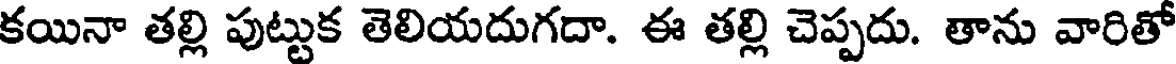
కయినా తల్లి పుట్టుక తెలియదుగదా. ఈ తల్లి చెప్పదు. తాను వారితో